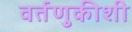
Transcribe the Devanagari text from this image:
वर्तणुकीशी